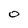
Character: O